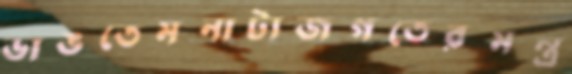
ভাঙতেমনাট্যজগতেরমন্ত্র